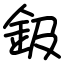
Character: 鈒